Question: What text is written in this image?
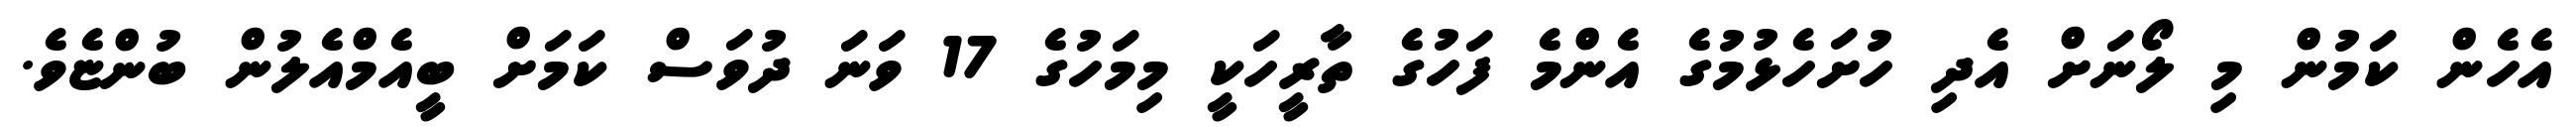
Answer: އެހެން ކަމުން މި ލޯނަށް އެދި ހުށަހެޅުމުގެ އެންމެ ފަހުގެ ތާރީހަކީ މިމަހުގެ 17 ވަނަ ދުވަސް ކަމަށް ބީއެމްއެލުން ބުންޏެވެ.